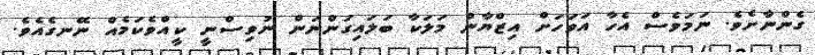
ގެންނާށެވެ. ނަމަވެސް އެހާ އަވަހަށް އިޒްޔާން މަލަކާ ބަލައިގަންނަން ނުވިސްނީ ކީއްވެކަމެއް ނޭނގެއެވެ.